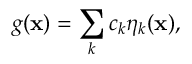
g ( \mathbf { x } ) = \sum _ { k } c _ { k } \eta _ { k } ( \mathbf { x } ) ,